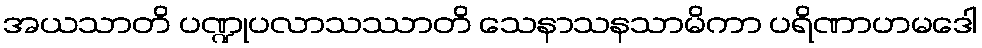
အယသာတိ ပဏ္ဍုပလာသဿာတိ သေနာသနသာမိကာ ပရိဏာဟမဒေါ